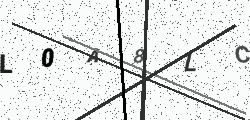
Text: L0A8LC